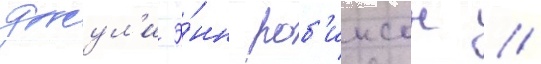
джул'и э́нн роб'инсон //